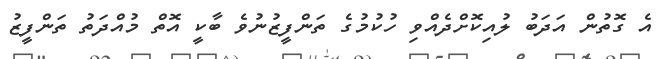
އެ ގޮތުން އަދަބު ލުއިކޮށްދެއްވި ހުކުމުގެ ތަންފީޒުނުވެ ބާކީ އޮތް މުއްދަތު ތަންފީޒު